Annual report of the Punjab Veterinary College and of the Civil Veterinary Department, Punjab - 1909-1919
Year: 1909
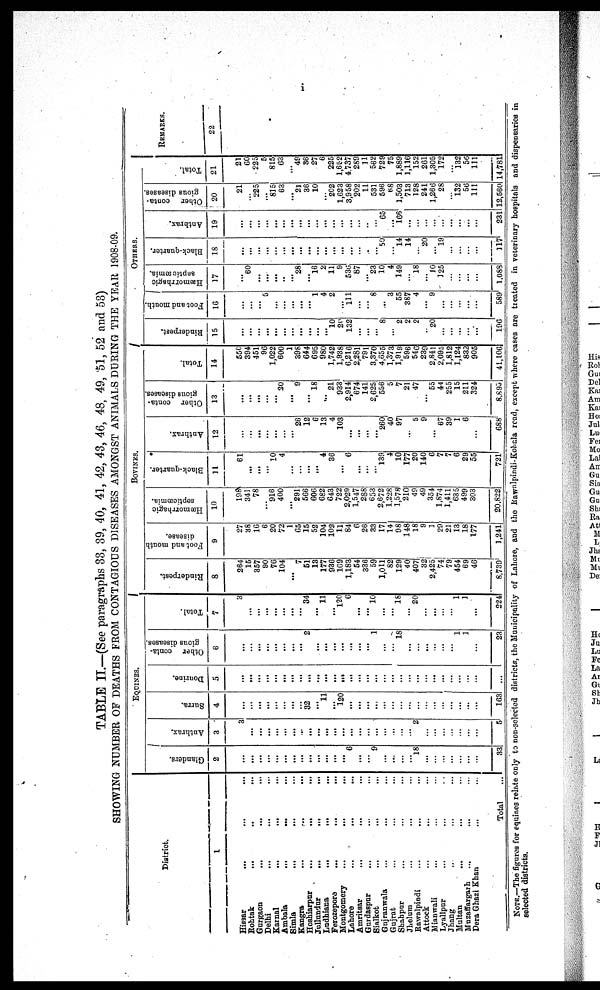
i
TABLE II.—(See paragraphs 33, 39, 40, 41, 42, 43, 46, 48, 49, 51, 52 and 53)
SHOWING NUMBER OF DEATHS FROM CONTAGIOUS DISEASES AMONGST ANIMALS DURING THE YEAR 1908-09.
District.
1
Hissar
... ... ... ... ... ...
Rohtak ... ... ... ... ... ...
Gurgaon ... ... ... ... ...
Delhi ... ... ...
Karnal
...
...
...
Ambala
...
... ... ...
Simla ... ... ...
Kangra ... ... ...
Hoshiarpur
...
...
...
Jullundur
...
...
...
Ludhiana
...
...
...
Ferozepore
...
...
Montgomery
...
...
...
Lahore
...
...
...
Amritsar
... ... ... ... ...
Gurdaspur ... ... ... ...
Sialkot ... ... ... ...
Gujranwala ... ... ... ...
Gujrat ... ... ...
Shahpur ... ... ...
Jhelum
... ... ... ... ...
Rawalpindi ... ... ... ...
Attock ... ... ...
Mianwali ... ... ...
Lyallpur ... ... ...
Jhang ... ... ... ...
Multan ...... ... ... ...
Mnzaffargarh ... ... ...
Dera Ghazi Khan ... ...
Total
...
EQUINES.
Glanders.
2
...
...
...
...
...
...
...
...
...
...
...
...
...
6
...
...
9
...
...
...
...
18
...
...
...
...
...
...
...
33
Anthrax.
3
3
...
...
...
...
...
...
...
...
...
...
...
...
...
...
...
...
...
...
...
...
2
...
...
...
...
...
...
...
5
Surra.
4
...
...
...
...
...
...
...
...
32
...
11
...
120
...
...
...
...
...
...
...
...
...
...
...
...
...
...
...
...
163
Dourine.
5
...
...
...
...
...
...
...
...
...
...
...
...
...
...
...
...
...
...
...
...
...
...
...
...
...
...
...
...
...
...
Other conta-
gious diseases.
6
...
...
...
...
...
...
...
...
2
...
...
...
...
...
...
...
1
...
...
18
...
...
...
...
...
...
1
1
...
23
Total.
7
3
...
...
...
...
...
...
...
34
...
11
...
120
6
...
...
10
...
...
18
...
20
...
...
...
...
1
1
...
224
BOVINES.
Rinderpest.
8
264
15
357
90
76
104
...
7
51
13
177
936
169
1,183
54
336
59
1,011
82
129
40
407
32
2,425
74
79
454
69
46
8,739
Foot and mouth
disease.
9
27
38
16
6
20
72
1
65
15
52
104
102
11
84
6
26
33
17
14
98
148
18
9
1
29
21
13
18
177
1,241
Hæmorrhagic
septicæmia.
10
198
341
78
...
916
400
...
291
566
606
682
643
722
2,029
1,547
288
653
2,672
1,228
1,578
210
49
49
354
1,874
1,411
635
499
303
20,822
Black-quarter.
11
61
...
...
...
10
4
...
...
...
...
4
36
...
6
...
...
...
139
4
10
177
20
140
6
7
7
6
29
55
721
Anthrax.
12
...
...
...
...
...
...
...
26
12
6
13
4
103
...
...
...
...
260
40
97
...
5
9
...
67
39
1
6
...
688
Other conta-
gious diseases.
13
...
...
...
...
...
20
...
9
...
18
...
21
933
2,914
674
141
2,625
556
5
7
21
47
...
55
44
255
15
211
324
8,895
Total.
14
550
394
451
96
1,022
600
1
398
644
695
980
1,742
1,938
6,216
2,281
791
3,370
4,655
1,373
1,919
596
546
239
2,841
2,095
1,812
1,124
832
905
41,106
OTHERS
Rinderpest.
15
...
...
...
...
...
...
...
...
...
...
...
10
20
132
...
...
...
8
...
2
2
2
..
20
...
...
...
...
...
196
Foot and mouth.
16
...
...
...
5
...
...
...
...
...
1
4
2
...
111
...
8
...
3
55
387
4
...
9
...
...
...
...
...
589
Hæmorrhagic
septicæmia.
17
...
60
...
...
...
..
...
28
...
16
2
11
9
536
87
...
23
10
4
149
...
18
...
10
125
...
1,088
Black-quarter.
18
...
...
...
...
...
...
...
...
...
...
...
...
...
...
...
...
...
50
...
14
14
20
...
19
...
...
...
...
117
Anthrax.
19
...
...
...
...
...
...
...
...
...
...
...
...
...
...
...
...
...
65
...
166
...
...
...
...
...
...
...
...
...
231
Other conta-
gious diseases.
20
21
...
225
...
815
63
...
21
36
10
...
202
1,623
3,958
202
11
531
596
68
1,503
713
128
241
1,266
28
...
132
56
111
12,560
Total.
21
21
60
225
5
815
63
...
49
36
27
6
225
1,652
4.737
289
11
562
729
75
1,889
1,116
152
261
1,305
172
...
132
56
111
14,781
REMARKS.
22
NOTE.—The figures for equines relate only to non-selected districts, the Municipality of Lahore, and the Rawalpindi-Kohala read, except where cases are treated in veterinary hospitals and dispensaries in
selected districts.